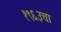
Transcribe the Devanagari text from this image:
१९६३चा